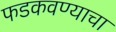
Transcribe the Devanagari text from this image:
फडकवण्याचा